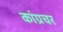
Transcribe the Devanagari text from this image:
कांग्रचर